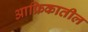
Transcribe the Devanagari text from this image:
आफ्रिकातील